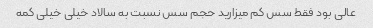
عالی بود فقط سس کم میزارید حجم سس نسبت به سالاد خیلی خیلی کمه